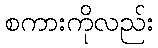
စကားကိုလည်း